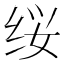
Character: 𰬕